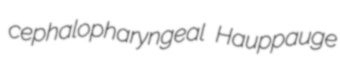
cephalopharyngeal Hauppauge